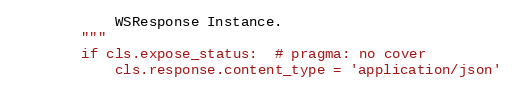
Language: Python
            WSResponse Instance.
        """
        if cls.expose_status:  # pragma: no cover
            cls.response.content_type = 'application/json'